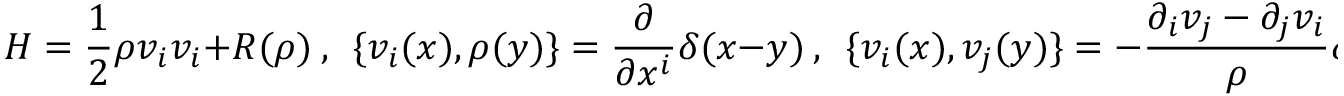
{ \cal H } = { \frac { 1 } { 2 } } \rho v _ { i } v _ { i } + R ( \rho ) ~ , ~ ~ \{ v _ { i } ( x ) , \rho ( y ) \} = { \frac { \partial } { \partial x ^ { i } } } \delta ( x - y ) ~ , ~ ~ \{ v _ { i } ( x ) , v _ { j } ( y ) \} = - { \frac { \partial _ { i } v _ { j } - \partial _ { j } v _ { i } } { \rho } } \delta ( x - y ) .